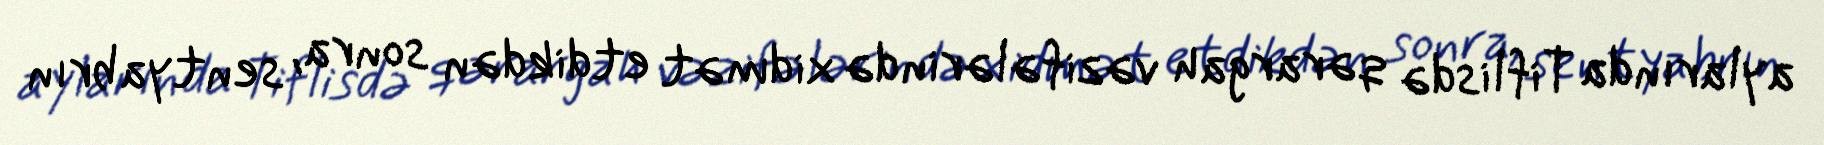
aylarında Tiflisdə qərargah vəzifələrində xidmət etdikdən sonra, sentyabrın